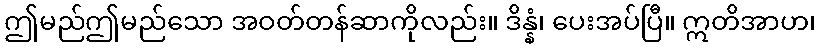
ဤမည်ဤမည်သော အဝတ်တန်ဆာကိုလည်း။ ဒိန္နံ၊ ပေးအပ်ပြီ။ ဣတိအာဟ၊